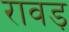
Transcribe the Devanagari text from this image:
रावड़